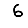
Digit: 6